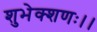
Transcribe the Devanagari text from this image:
शुभेक्शणः।।